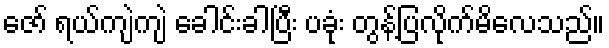
ဇော် ရယ်ကျဲကျဲ ခေါင်းခါပြီး ပခုံး တွန့်ပြလိုက်မိလေသည်။